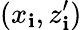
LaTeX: (x_{\mathbf{i}},z_{\mathbf{i}}^{\prime})